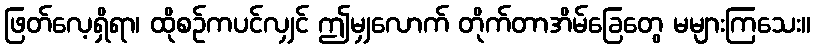
ဖြတ်လေ့ရှိရာ၊ ထိုစဉ်ကပင်လျှင် ဤမျှလောက် တိုက်တာအိမ်ခြေတွေ မများကြသေး။